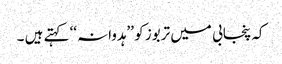
کہ پنجابی میں تربوز کو ’’ہدوانہ‘‘ کہتے ہیں ۔